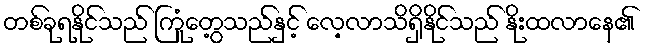
တစ်ခုရနိုင်သည် ကြုံတွေ့သည်နှင့် လေ့လာသိရှိနိုင်သည် နိုးထလာနေ၏